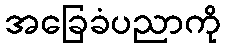
အခြေခံပညာကို